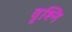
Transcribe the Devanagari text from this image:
वृश्नि